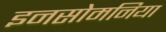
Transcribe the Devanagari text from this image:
इनसोमनिया